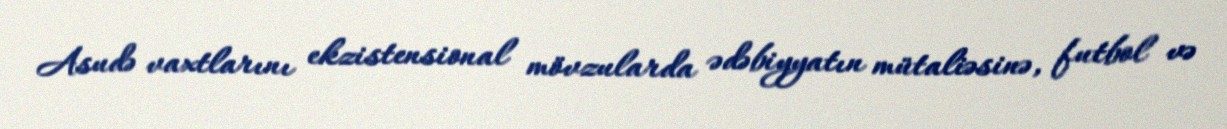
Asudə vaxtlarını ekzistensional mövzularda ədəbiyyatın mütaliəsinə, futbol və